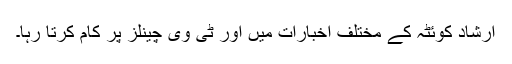
ارشاد کوئٹہ کے مختلف اخبارات میں اور ٹی وی چینلز پر کام کرتا رہا۔